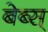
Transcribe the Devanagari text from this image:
बेब्स्